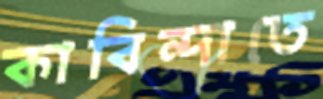
কাবিন্দাতে